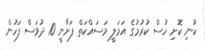
ކުނި ކޮށި ހުސް ކުރުމުގެ އަމަލީ މަސައްކަތް ފަށާނީ 10 ދުވަސް ފަހުން